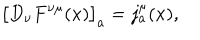
LaTeX: \bigl [ D _ { \nu } F ^ { \nu \mu } ( x ) \bigr ] _ { a } = j _ { a } ^ { \mu } ( x ) ,